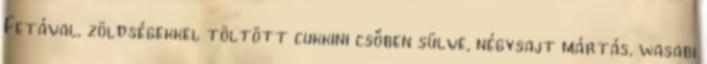
Fetával, zöldségekkel töltött cukkini csőben sülve, négysajt mártás, wasabi